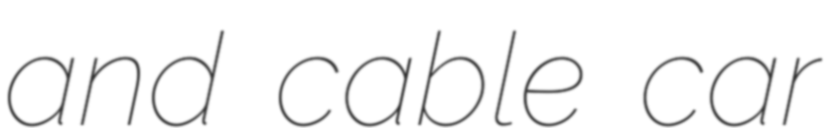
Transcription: and cable car